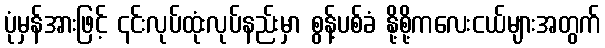
ပုံမှန်အားဖြင့် ၎င်းလုပ်ထုံးလုပ်နည်းမှာ စွန့်ပစ်ခံ နို့စို့ကလေးငယ်များအတွက်